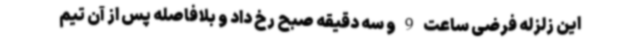
این زلزله فرضی ساعت 9 و سه دقیقه صبح رخ داد و بلافاصله پس از آن تیم